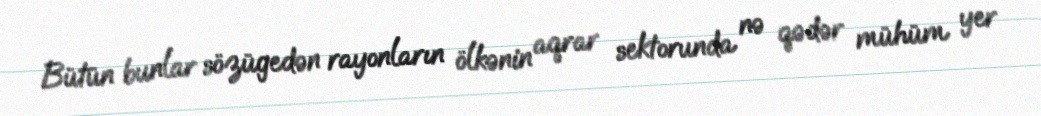
Bütün bunlar sözügedən rayonların ölkənin aqrar sektorunda nə qədər mühüm yer